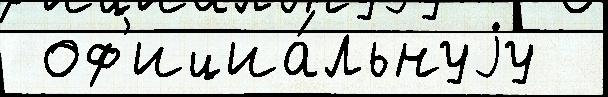
 оф'ициа́льнуjу